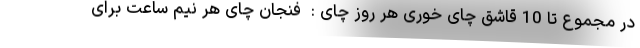
در مجموع تا 10 قاشق چای خوری هر روز چای :  فنجان چای هر نیم ساعت برای